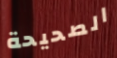
الصحيحة